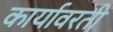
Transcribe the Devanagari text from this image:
कार्यावरती